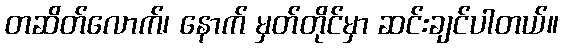
တဆိတ်လောက်၊ နောက် မှတ်တိုင်မှာ ဆင်းချင်ပါတယ်။